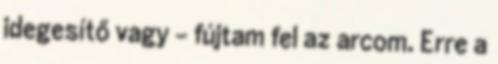
idegesítő vagy - fújtam fel az arcom. Erre a